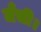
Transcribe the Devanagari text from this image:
जँची।